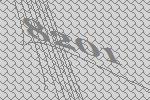
8201